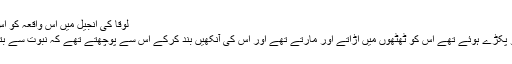
لُوقا کی انجیل میں اس واقعہ کو اس طرح نقل کیاگیا ہے:
”اور جو آدمی یسوع کو پکڑے ہوئے تھے اس کو ٹھٹھوں میں اُڑاتے اور مارتے تھے اور اس کی آنکھیں بند کرکے اس سے پوچھتے تھے کہ نبوت سے بتا تجھے کس نے مارا؟